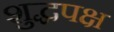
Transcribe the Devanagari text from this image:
शुद्धपक्ष